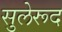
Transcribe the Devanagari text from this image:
सुलेरूद